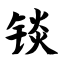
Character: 锬